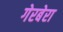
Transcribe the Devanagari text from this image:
गेरबेरा